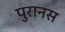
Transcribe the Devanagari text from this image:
पुरानस